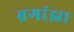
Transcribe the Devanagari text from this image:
ब्रगांझा